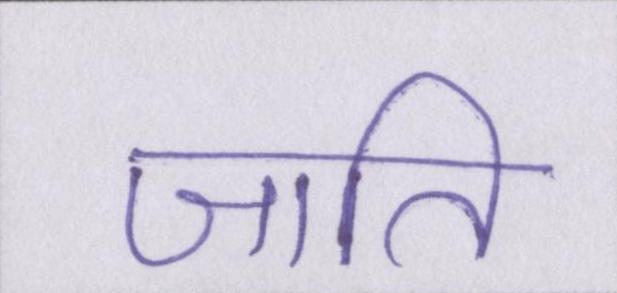
जाति